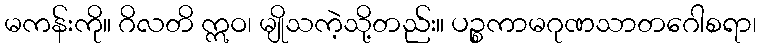
မကန်းကို။ ဂိလတိ ဣဝ၊ မျိုသကဲ့သို့တည်း။ ပဉ္စကာမဂုဏသာတဂေါစရာ၊